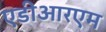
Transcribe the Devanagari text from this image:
एडीआरएम